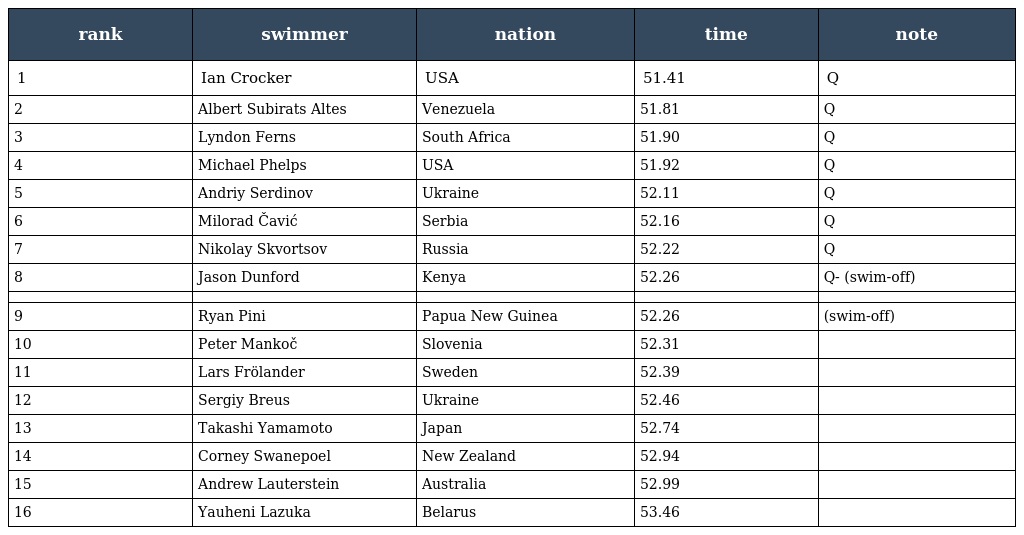
| rank | swimmer | nation | time | note |
 | --- | --- | --- | --- | --- |
 | 1 | Ian Crocker | USA | 51.41 | Q |
 | 2 | Albert Subirats Altes | Venezuela | 51.81 | Q |
 | 3 | Lyndon Ferns | South Africa | 51.90 | Q |
 | 4 | Michael Phelps | USA | 51.92 | Q |
 | 5 | Andriy Serdinov | Ukraine | 52.11 | Q |
 | 6 | Milorad Čavić | Serbia | 52.16 | Q |
 | 7 | Nikolay Skvortsov | Russia | 52.22 | Q |
 | 8 | Jason Dunford | Kenya | 52.26 | Q- (swim-off) |
 |  |  |  |  |  |
 | 9 | Ryan Pini | Papua New Guinea | 52.26 | (swim-off) |
 | 10 | Peter Mankoč | Slovenia | 52.31 |  |
 | 11 | Lars Frölander | Sweden | 52.39 |  |
 | 12 | Sergiy Breus | Ukraine | 52.46 |  |
 | 13 | Takashi Yamamoto | Japan | 52.74 |  |
 | 14 | Corney Swanepoel | New Zealand | 52.94 |  |
 | 15 | Andrew Lauterstein | Australia | 52.99 |  |
 | 16 | Yauheni Lazuka | Belarus | 53.46 |  |